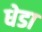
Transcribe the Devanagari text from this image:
धेडा